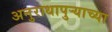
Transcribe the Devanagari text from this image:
अनुराधापुऱ्याच्या